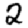
Digit: 2